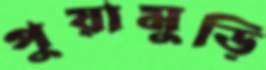
পুয়ামুড়ি